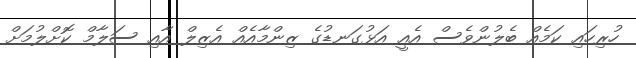
ހުރިހައި ކަމެއް ބެލުންވެސް އެއީ އަޅުގަނޑުގެ ޒިންމާއެއް އެޒިލް އާއި ސަލާމް ކޮށްލުމަށް